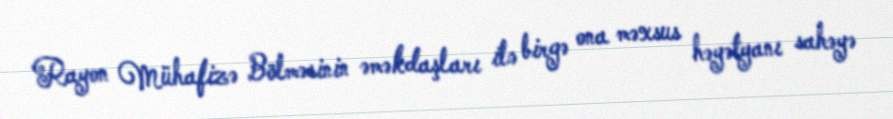
Rayon Mühafizə Bölməsinin əməkdaşları ilə birgə ona məxsus həyətyanı sahəyə